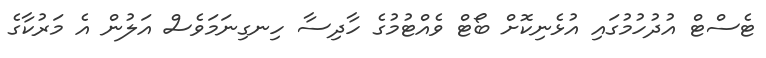
ޓެސްޓް އުދުހުމުގައި އުޅެނިކޮށް ބޯޓް ވެއްޓުމުގެ ހާދިސާ ހިނގިނަމަވެސް އަލުން އެ މަރުކާގެ